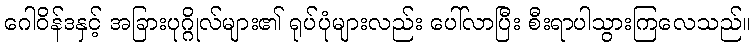
ဂေါဝိန်ဒနှင့် အခြားပုဂ္ဂိုလ်များ၏ ရုပ်ပုံများလည်း ပေါ်လာပြီး စီးရာပါသွားကြလေသည်။